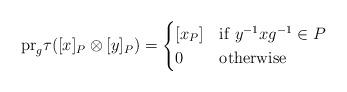
LaTeX: \begin{align*} \mathrm{pr}_g \tau([x]_P \otimes [y]_P)= \begin{cases} [x_P] & \mathrm{if} \; y^{-1}xg^{-1}\in P \\ 0 & \mathrm{otherwise} \end{cases} \end{align*}